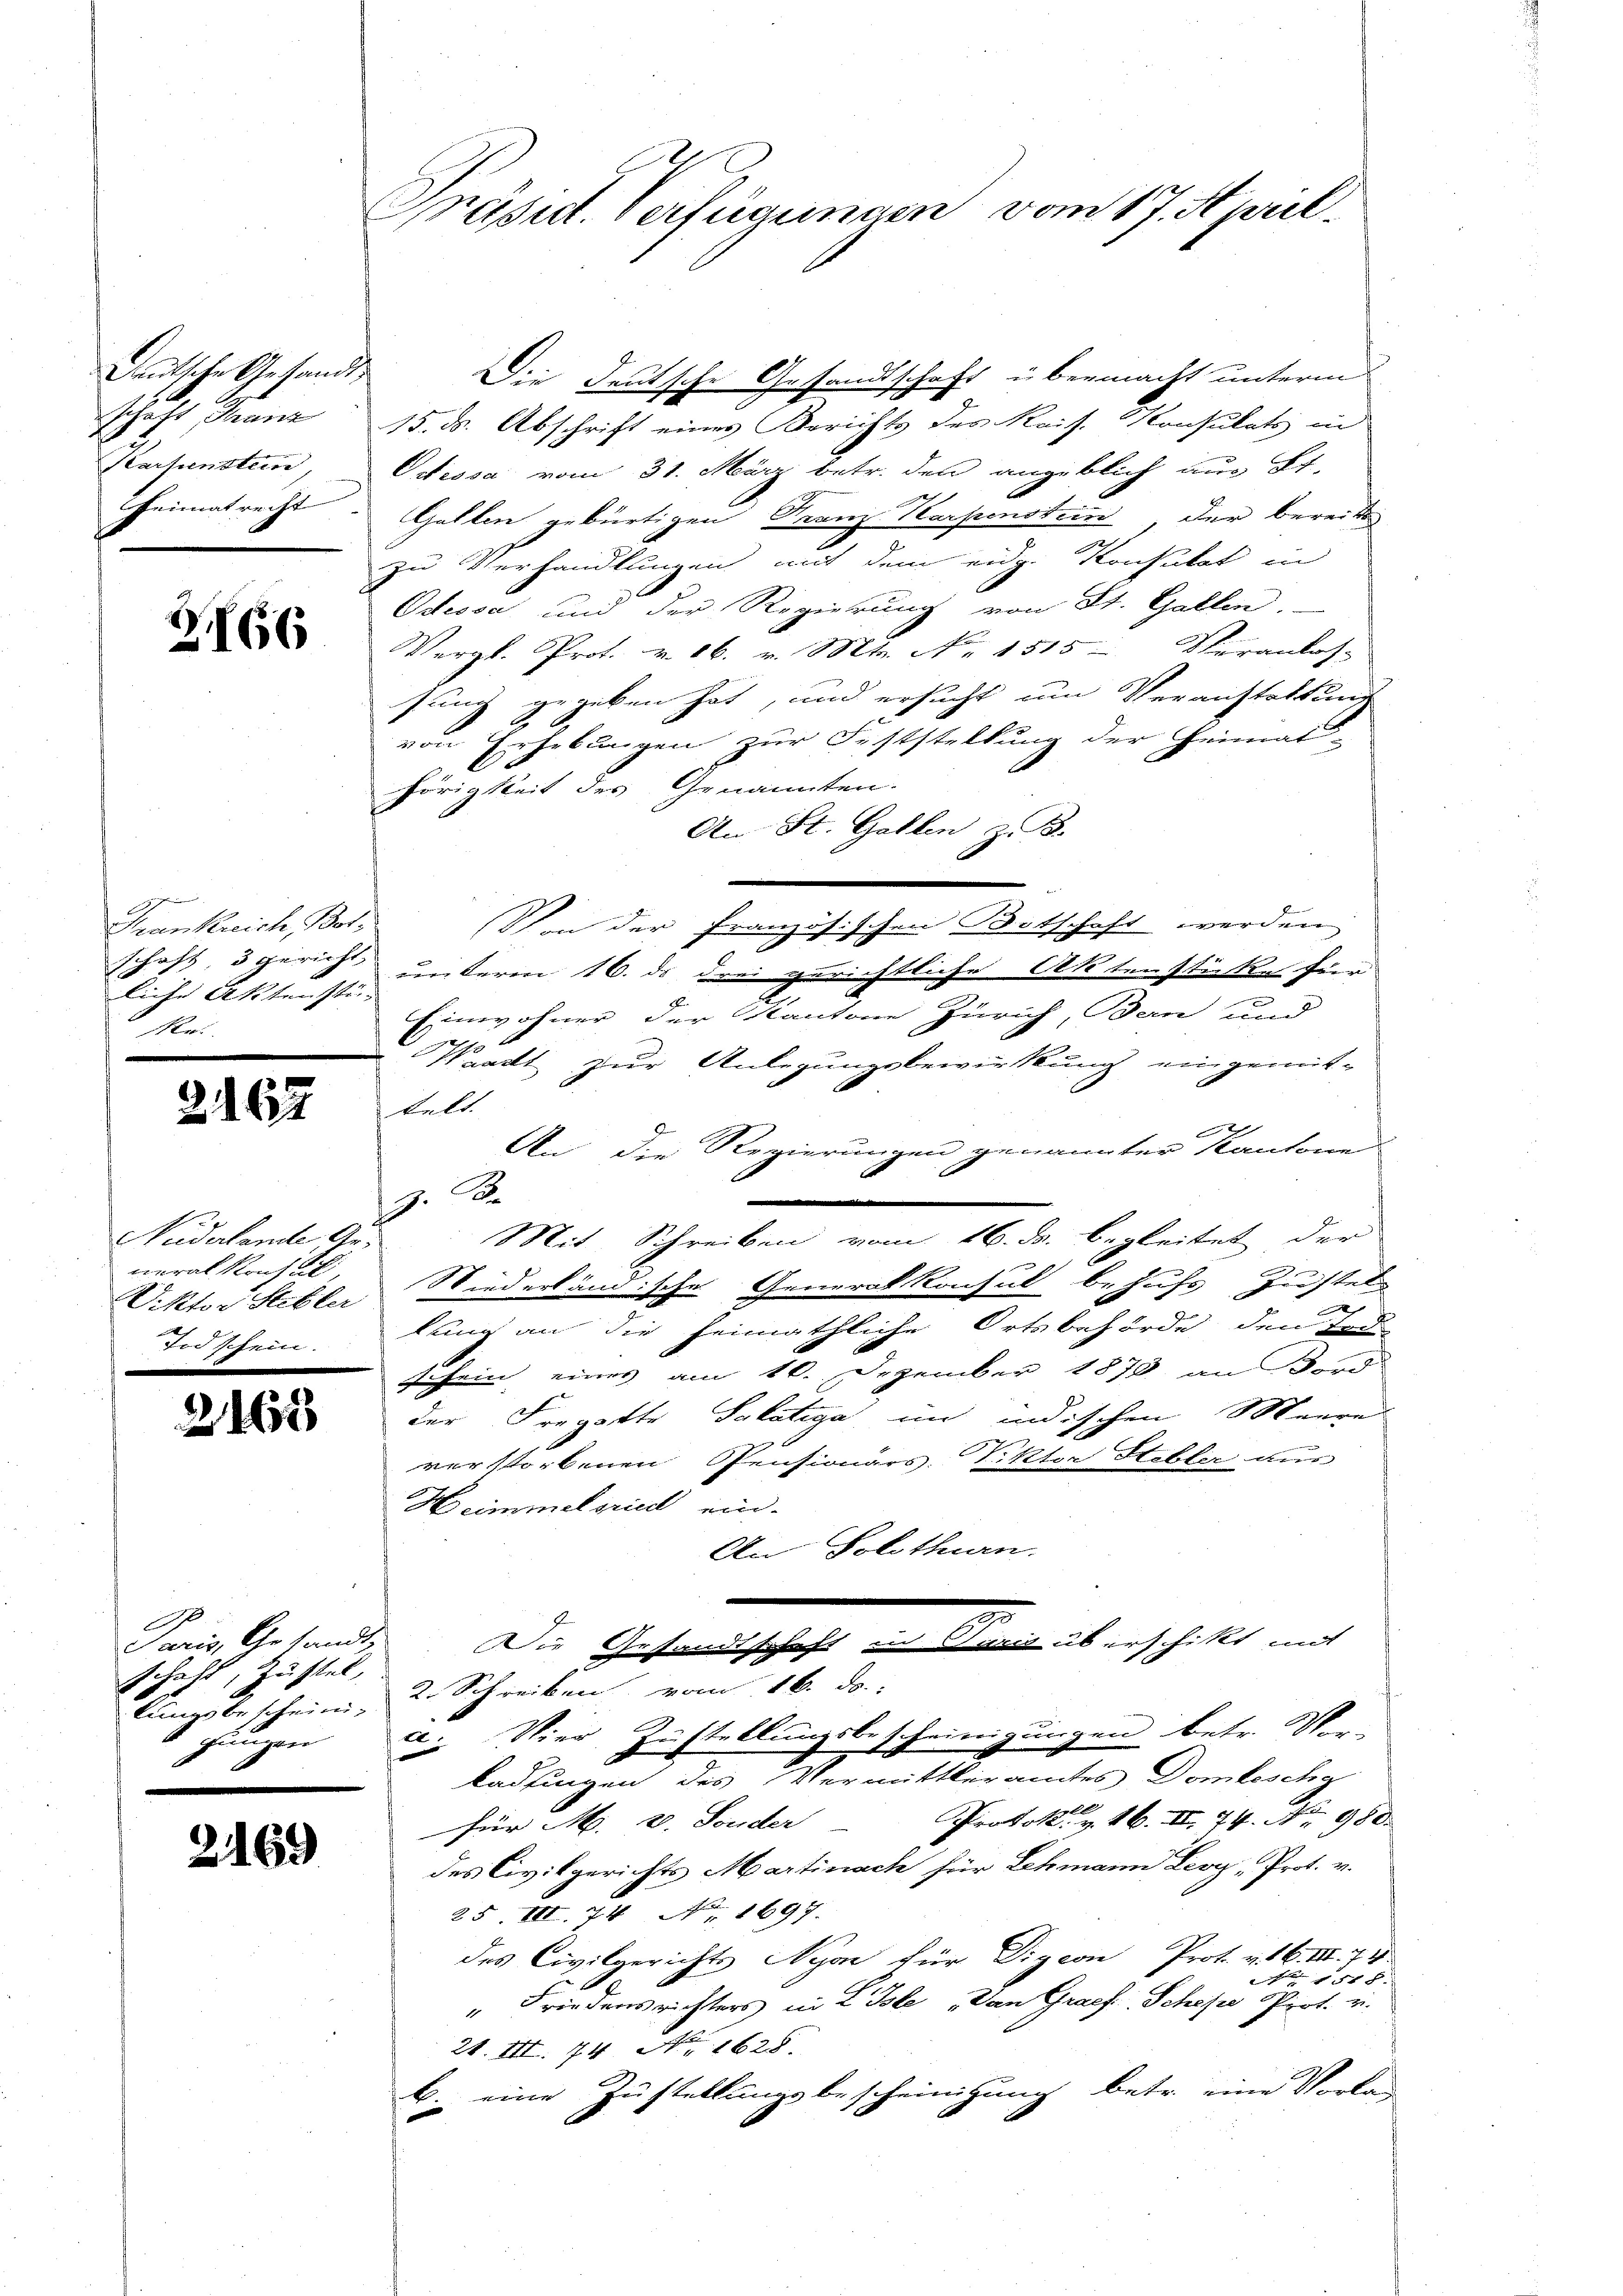
Deutsche Gesandts
schaft Granz
Karfenstein,

2166

g
Krankreich, Bot.
liche Aktenstüe

2162

Nudelende Ge-
neralkonsul,
 1782

2163

Die deutsche Gesandtschaft übermacht unterm
15. ds. Abschrift eines Berichts des Kais. Konsulats in
Nessa vom 31. März betr. den angeblich aus Lt.
Heimatrecht. Gallen gebürtigen Franz Karpenstein, der bereits
zu Verhandlungen mit dem eidg. Konsulat in
Odessa, und der Regierung von St. Gallen.
Vergl. Prot. v. 16. v. Mts. No 1515- Veranlas-
sung gegeben hat, und ersucht um Veranstattung
von Erhebungen zur Feststellung der Heimat-
hörigkeit des Genannten.
An St. Gallen z. B.
Von der französischen Bitschaft werden
schaft, 3 gericht unterm 16. ds drei gerichtliche Aktenstücke für
Einwohner der Kantone Zürich, Bern und
 2
Kracht zur Anlegungsbewirkung eingemit-
telt.
A
An die Regierungen genannter Kantone
.
2
Mit Schreiben vom 16. ds. begleitet der
Viktor Steller Niederländische Generalkonsul behufs Zustel-
lung an die heimathliche Ortsbehörde den Tode
schein einer am 16. Dezember 1873 an Ford
der Fregatte Salatiga in indischen Meere
verstorbenen Pensionärs Piktor Hebler aus
Heimmelgried ein-
An Solothurn.
.
Die Gesandtschaft in Turiz überschikt mit
lungske seine, u. Schreiben vom 16. ds.
a. Vier Zustellungsbescheinigungen betr. Vor-
kadfingen des Vermittleramtes Domleschy
Protok. v. 16. II. 74. No. 980.
für M. v. Sonder
des Civilgerichts Martinach für Lehmann Leoy, Prot. v.
25. III. 74 No. 1697.
des Civilgerichts Nyon für Digcon Prot. v. 16. III. 74
 518.
" Friedensrichters in L Isle „Dan Graef. Schose Prot. v.
21. III. 74. No. 1628.
b. eine Zustellungsbescheinigung betr. eine Vorlag

B
Paris, Gesandts
schaft zu stel,
chungen

2169

Prasit. Verfügungen vom 17. April